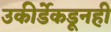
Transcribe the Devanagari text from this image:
उकीर्डेकडूनही